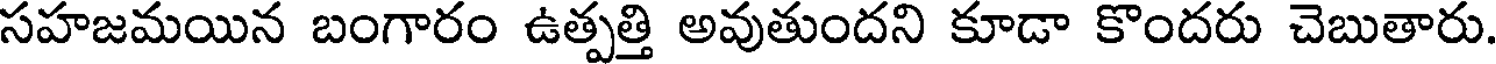
సహజమయిన బంగారం ఉత్పత్తి అవుతుందని కూడా కొందరు చెబుతారు.